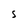
Character: S